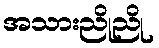
အသားညိုညို